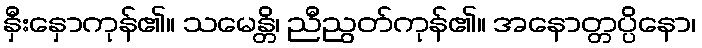
နှီးနှောကုန်၏။ သမေန္တိ၊ ညီညွတ်ကုန်၏။ အနောတ္တပ္ပိနော၊